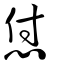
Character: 怤